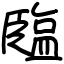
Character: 𦣪